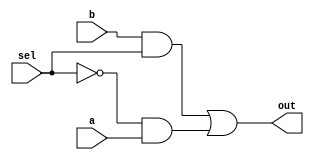
// MUX2

module mux2_1b(out, a, b, sel);
    output out;
    input a,b,sel;
	 wire sel_n, sel_a, sel_b;
    not not_sel (sel_n, sel) ;
    and and_a (sel_a, b, sel);
    and and_b (sel_b, sel_n, a);
    or or_final (out, sel_a, sel_b);
endmodule